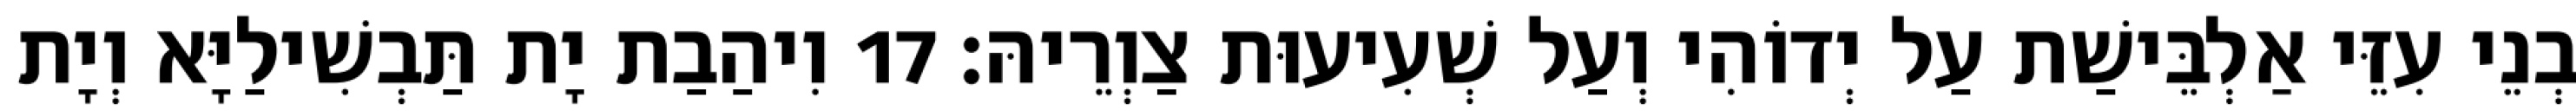
בְנֵי עִזֵּי אַלְבֵּישַׁת עַל יְדוֹהִי וְעַל שְׁעִיעוּת צַוְרֵיהּ׃ 17 וִיהַבַת יָת תַּבְשִׁילַיָּא וְיָת